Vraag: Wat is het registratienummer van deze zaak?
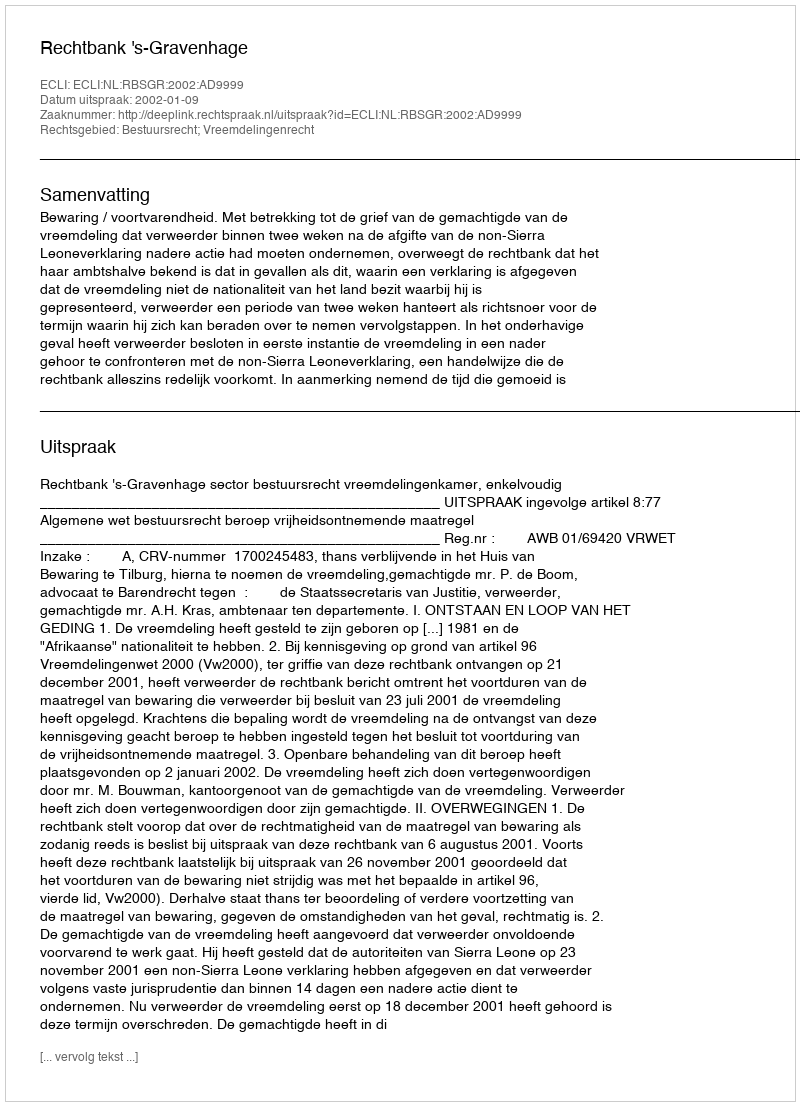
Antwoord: http://deeplink.rechtspraak.nl/uitspraak?id=ECLI:NL:RBSGR:2002:AD9999